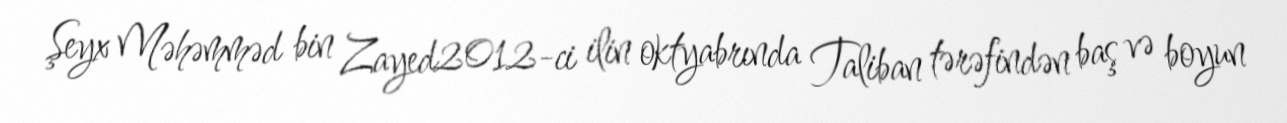
Şeyx Məhəmməd bin Zayed2012-ci ilin oktyabrında Taliban tərəfindən baş və boyun